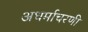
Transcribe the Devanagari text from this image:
अधर्माचरणी